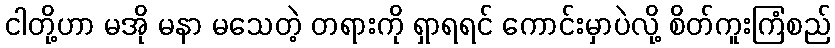
ငါတို့ဟာ မအို မနာ မသေတဲ့ တရားကို ရှာရရင် ကောင်းမှာပဲလို့ စိတ်ကူးကြံစည်